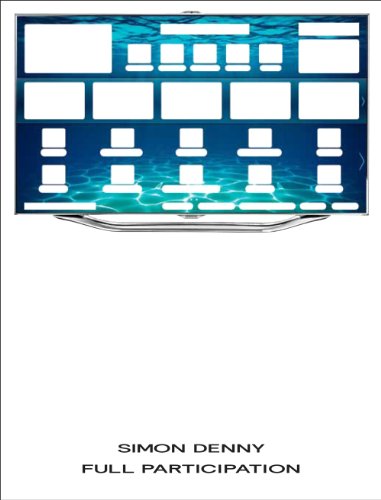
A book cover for Simon Denny: Full Participation; Jacob Proctor; Arts & Photography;